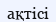
ақтісі